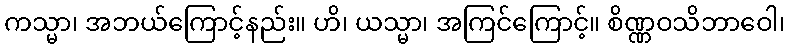
ကသ္မာ၊ အဘယ်ကြောင့်နည်း။ ဟိ၊ ယသ္မာ၊ အကြင်ကြောင့်။ စိဏ္ဏဝသိဘာဝေါ၊